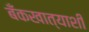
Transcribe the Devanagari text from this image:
बँकखात्याशी